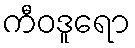
ကီဝဒူရော